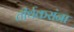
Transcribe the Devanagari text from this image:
तीर्थकरांना